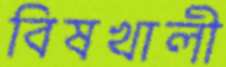
বিষখালী